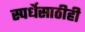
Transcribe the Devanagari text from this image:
स्पर्धेसाठीही